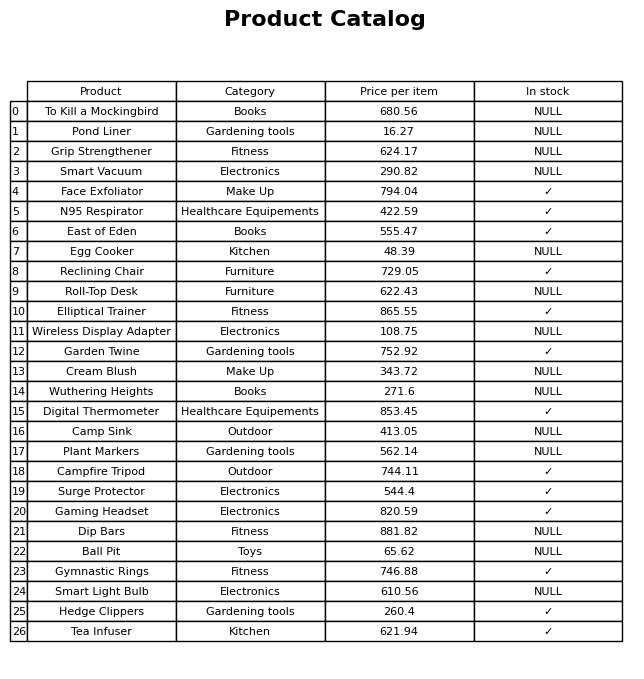
question: What is the price for Cream Blush?
answer: The price of Cream Blush is 343.72.